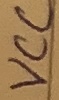
Text: VCC